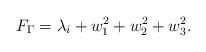
LaTeX: \begin{align*}F_{\Gamma }=\lambda _i+w^2_1+w^2_2+w^2_3.\end{align*}